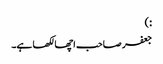
:)
جعفر صاحب اچھا لکھا ہے۔